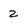
Character: 2